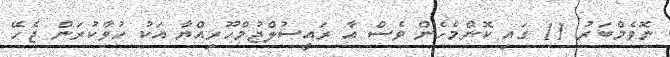
ނޮވެމްބަރު 11 ގައި ކޮންމެހެން ވެސް އާ ރައީސުލްޖުމްހޫރިއްޔާ އަކު ހުވާކުރަން ޖެހޭ